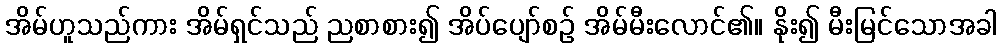
အိမ်ဟူသည်ကား အိမ်ရှင်သည် ညစာစား၍ အိပ်ပျော်စဉ် အိမ်မီးလောင်၏။ နိုး၍ မီးမြင်သောအခါ